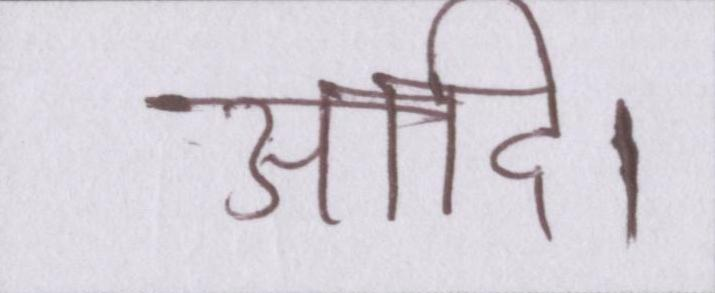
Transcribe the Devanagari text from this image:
आदि।